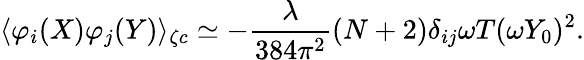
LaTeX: \langle\varphi_{i}(X)\varphi_{j}(Y)\rangle_{\zeta c}\simeq-\frac{\lambda}{384\pi^{2}}(N+2)\delta_{ij}\omega T(\omega Y_{0})^{2}.